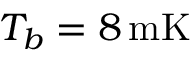
T _ { b } = 8 \, \mathrm { m K }